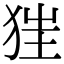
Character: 𤝵